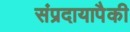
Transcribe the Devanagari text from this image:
संप्रदायापैकी